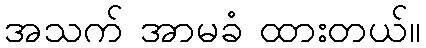
အသက် အာမခံ ထားတယ်။